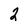
Character: 2